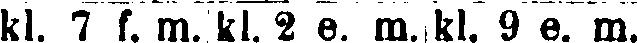
kl. 7 f. m. kl. 2 e. m. kl. 9 e. m.